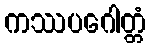
ကဿပဂေါတ္တံ